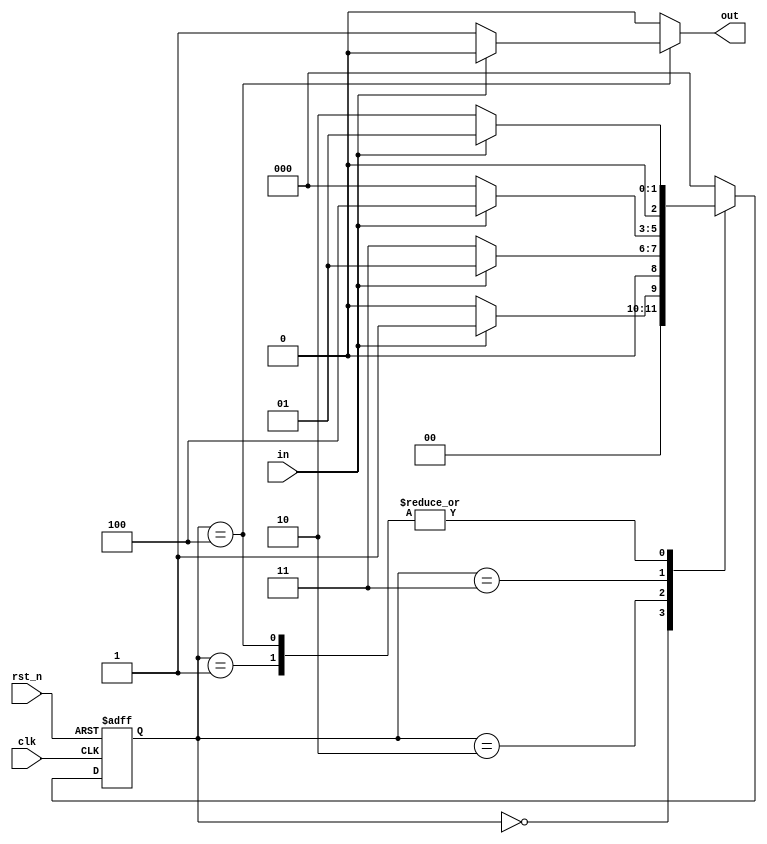
module mealy_seq_det_10010_sar (
    clk,
    rst_n,
    in,
    out
);
    input clk;
    input rst_n;
    input in;
    output out;
    reg out;
    reg [2:0] next_state;
    reg [2:0] current_state;
    parameter S0 = 3'b000;
    parameter S1 = 3'b001;
    parameter S2 = 3'b010;
    parameter S3 = 3'b011;
    parameter S4 = 3'b100;
        always @(posedge clk, negedge rst_n) begin
            if (!rst_n) current_state <= 3'b0;
            else current_state <= next_state;
        end
        always @(in, current_state) begin
            case(current_state)
            S0: next_state = (in == 1'b1) ? S1 : S0;
            S1: next_state = (in == 1'b0) ? S2 : S1;
            S2: next_state = (in == 1'b0) ? S3 : S1;
            S3: next_state = (in == 1'b1) ? S4 : S0;
            S4: next_state = (in == 1'b0) ? S2 : S1;
            default: next_state = S0;
            endcase
        end
        always @(in, current_state) begin
            case(current_state)
            S0: out = 1'b0;
            S1: out = 1'b0;
            S2: out = 1'b0;
            S3: out = 1'b0;
            S4: out = (in == 1'b0) ? 1'b1 : 1'b0;
            default: out = 1'b0;
            endcase
        end
endmodule